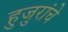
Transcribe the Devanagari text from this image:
हुजुरांचे